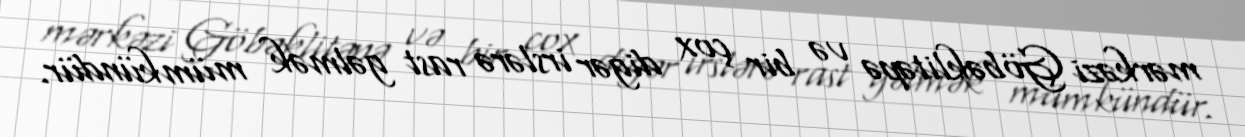
mərkəzi Göbəklitəpə və bir çox digər irslərə rast gəlmək mümkündür.